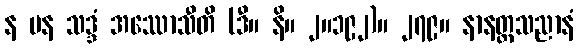
န ပန သဒ္ဒံ အဿောသီတိ (ဒီ။ နိ။ ၂။၁၉၂)။ ၂၇၉။ နာနတ္တသညာနံ